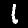
Label: 1